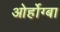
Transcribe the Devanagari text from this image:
ओर्होग्बा